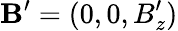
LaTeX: \mathbf{B}^{\prime}=(0,0,B_{z}^{\prime})